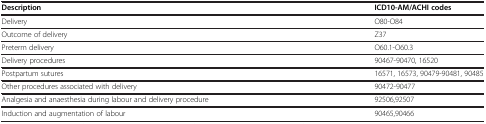
<table><thead><tr><td><b>Description</b></td><td><b>ICD10-AM/ACHI codes</b></td></tr></thead><tbody><tr><td>Delivery</td><td>O80-O84</td></tr><tr><td>Outcome of delivery</td><td>Z37</td></tr><tr><td>Preterm delivery</td><td>O60.1-O60.3</td></tr><tr><td>Delivery procedures</td><td>90467-90470, 16520</td></tr><tr><td>Postpartum sutures</td><td>16571, 16573, 90479-90481, 90485</td></tr><tr><td>Other procedures associated with delivery</td><td>90472-90477</td></tr><tr><td>Analgesia and anaesthesia during labour and delivery procedure</td><td>92506,92507</td></tr><tr><td>Induction and augmentation of labour</td><td>90465,90466</td></tr></tbody></table>